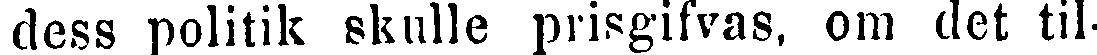
dess politik skulle prisgifvas, om det til-